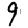
Digit: 9